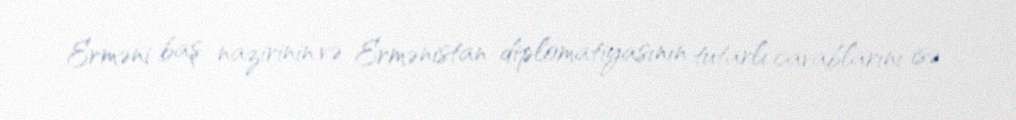
Erməni baş nazirinin və Ermənistan diplomatiyasının tutarlı cavablarını isə